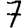
Digit: 7